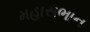
મહાસભાન